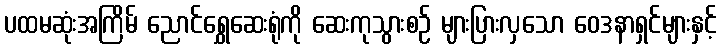
ပထမဆုံးအကြိမ် ညောင်ရွှေဆေးရုံကို ဆေးကုသွားစဉ် များပြားလှသော ဝေဒနာရှင်များနှင့်